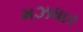
મઝધાર